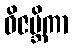
ဝိဇမ္ဘိကာ